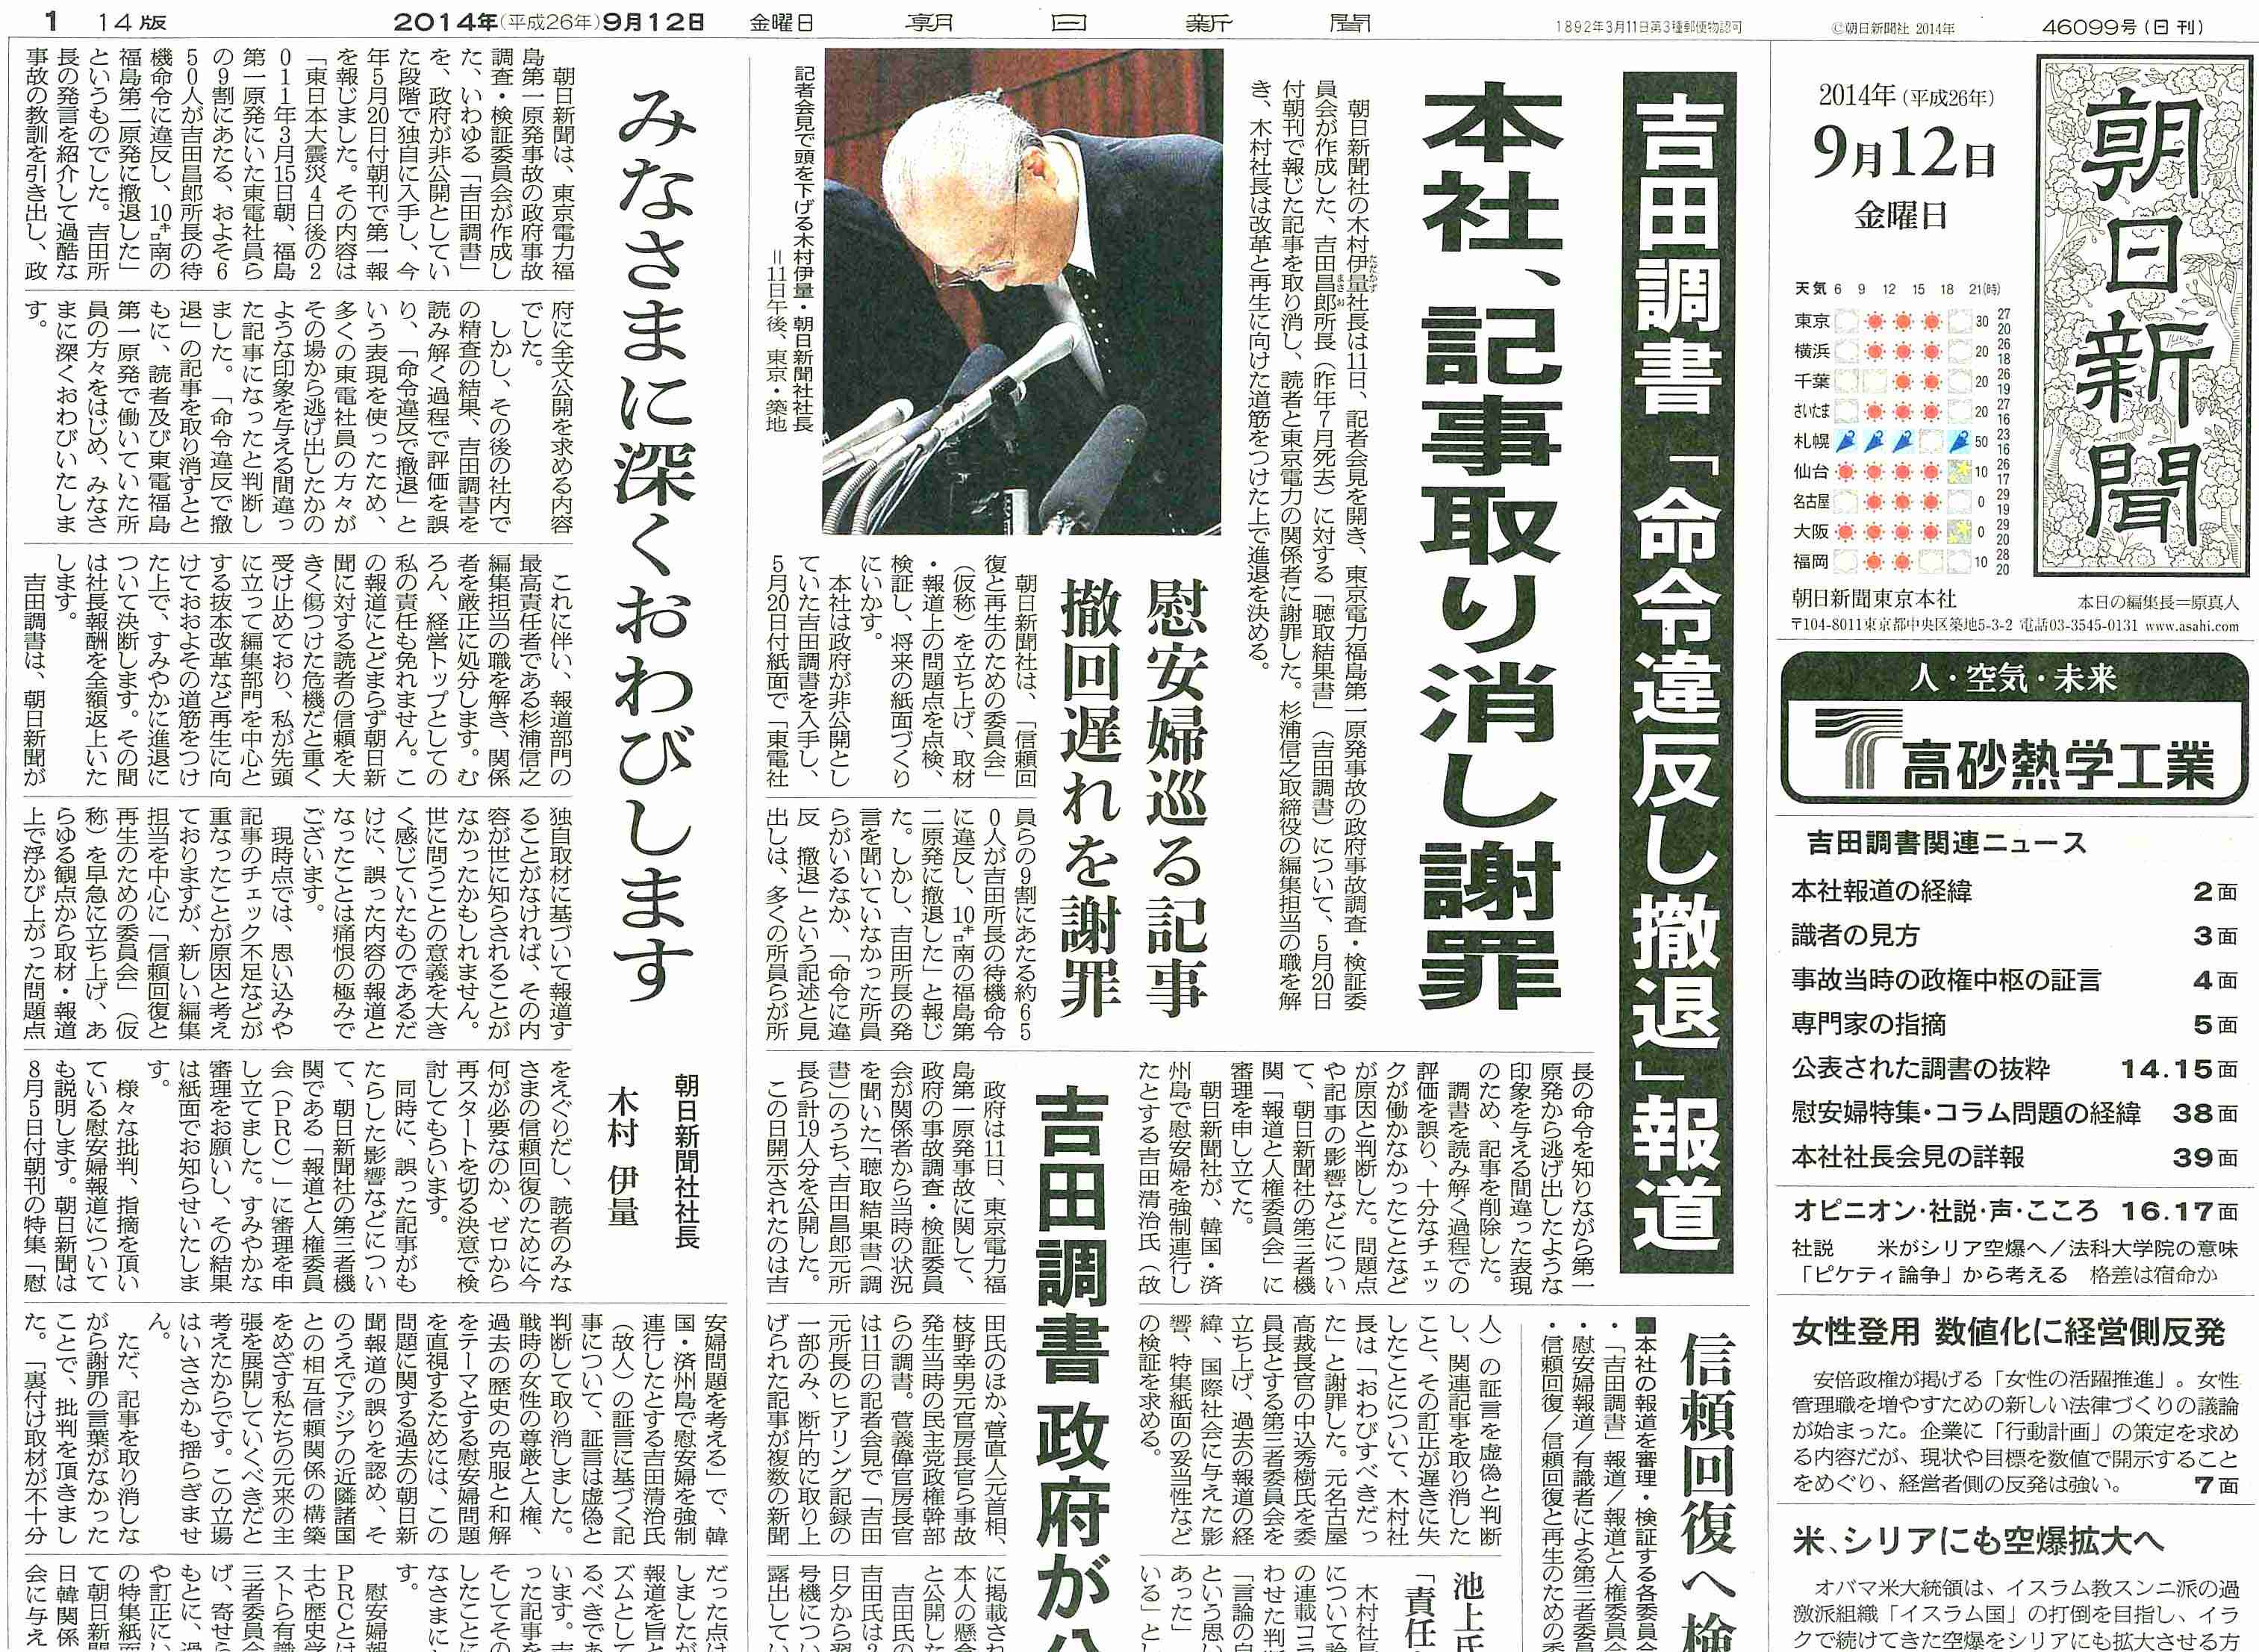
Language: zh